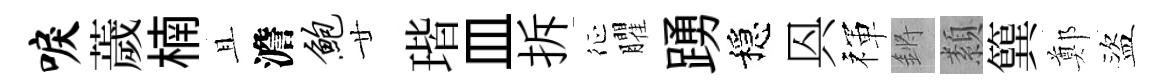
唳薉楠且澹鲍廿瑎皿拆征臞踴穩㒷禈鏘纇簨鄭盜